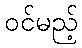
ဝင်မည့်